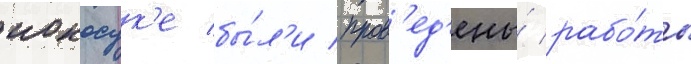
иокосук'е бы́л'и пров'ед'ены́ рабо́ты